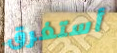
أستغرق